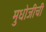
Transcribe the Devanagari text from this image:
मुधोजीची